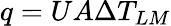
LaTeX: q=UA\Delta T_{LM}